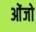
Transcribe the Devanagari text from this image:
ओंजो